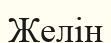
Желін